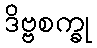
ဒိဗ္ဗစက္ခု